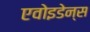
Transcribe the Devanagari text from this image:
एवोइडेन्स